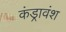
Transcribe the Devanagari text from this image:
कंड्रावंश